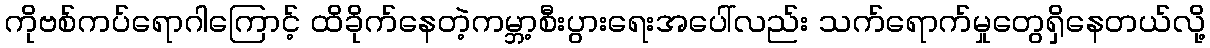
ကိုဗစ်ကပ်ရောဂါကြောင့် ထိခိုက်နေတဲ့ကမ္ဘာ့စီးပွားရေးအပေါ်လည်း သက်ရောက်မှုတွေရှိနေတယ်လို့